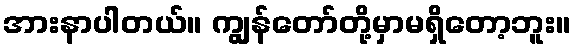
အားနာပါတယ်။ ကျွန်တော်တို့မှာမရှိတော့ဘူး။